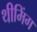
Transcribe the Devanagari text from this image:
थीमिंग